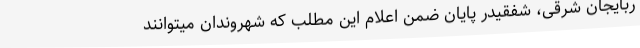
ربایجان شرقی، شفقیدر پایان ضمن اعلام این مطلب که شهروندان میتوانند